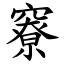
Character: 竂